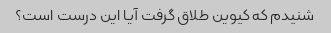
شنیدم که کیوین طلاق گرفت آیا این درست است؟